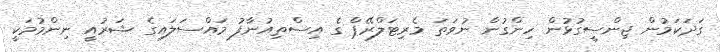
ގަދަކަމުން ޖިންސީގުޅުން ހިންގުން ނުވަތަ މެރިޓަލްރޭޕް ގެ އިސްތިއުނާފު މައްސަލައިގެ ޝަރުއީ ނިންމުމަކީ